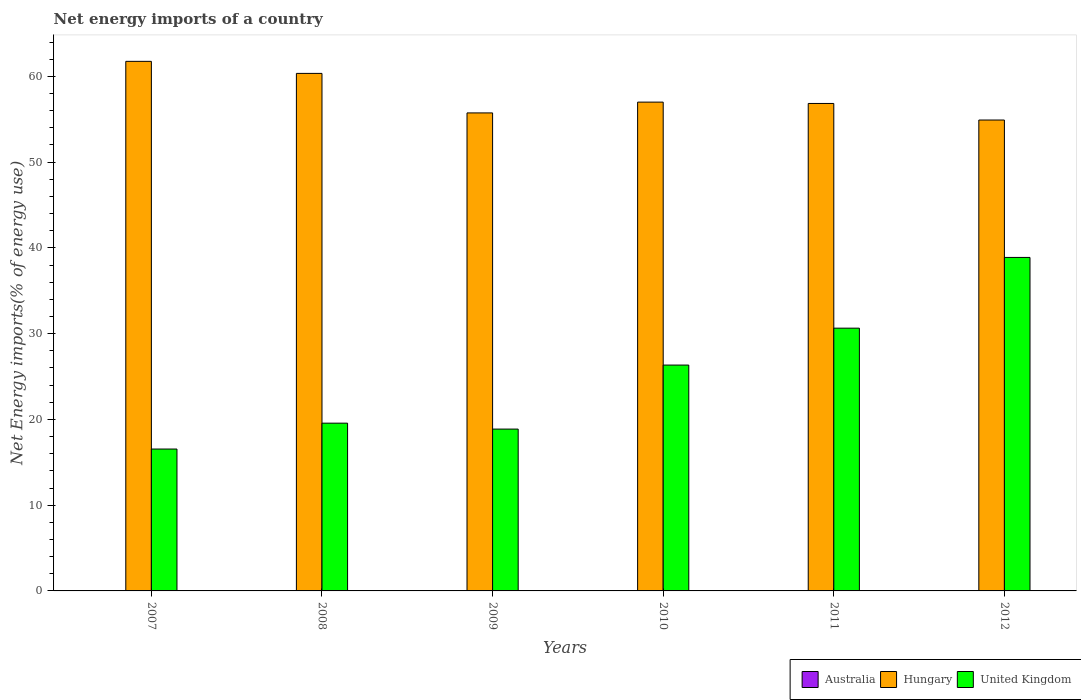
| Years | Australia | Hungary | United Kingdom |
 | --- | --- | --- | --- |
 | 2007 | -138 | 61.7 | 16.5 |
 | 2008 | -131 | 60.3 | 19.6 |
 | 2009 | -138 | 55.7 | 18.9 |
 | 2010 | -152 | 57 | 26.3 |
 | 2011 | -141 | 56.8 | 30.6 |
 | 2012 | -147 | 54.9 | 38.9 |